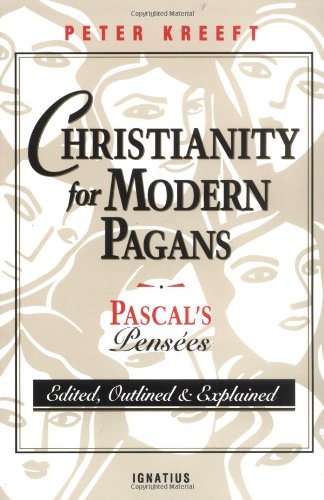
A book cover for Christianity for Modern Pagans: PASCAL's Pensees Edited, Outlined, and Explained; Peter Kreeft; Biographies & Memoirs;